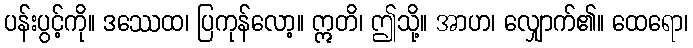
ပန်းပွင့်ကို။ ဒဿေထ၊ ပြကုန်လော့။ ဣတိ၊ ဤသို့။ အာဟ၊ လျှောက်၏။ ထေရော၊